Civil Veterinary Department Bihar reports 1936-40 - 1936-1940
Year: 1936
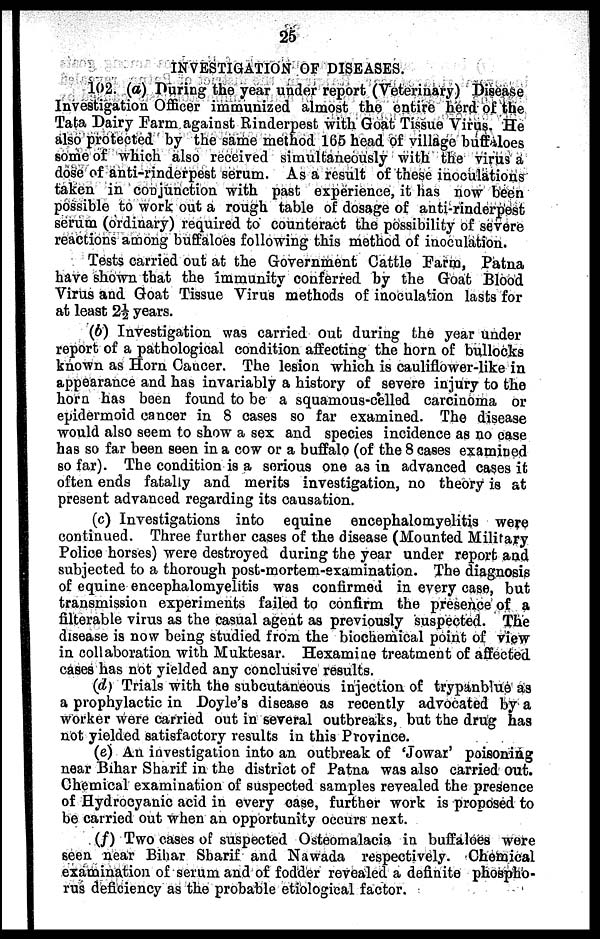
25
INVESTIGATION OF DISEASES.
102. (a) During the year under report (Veterinary) Disease
Investigation Officer immunized almost the entire herd of the
Tata Dairy Farm against Rinderpest with Goat Tissue Virus. He
also protected by the same method 166 head of village buffaloes
some of which also received simultaneously with the virus a
dose of anti-rinderpest serum. As a result of these inoculations
taken in conjunction with past experience, it has now been
possible to work out a rough table of dosage of anti-rinderpest
serum (ordinary) required to counteract the possibility of severe
reactions among buffaloes following this method of inoculation.
Tests carried out at the Government Cattle Farm, Patna
have shown that the immunity conferred by the Goat Blood
Virus and Goat Tissue Virus methods of inoculation lasts for
at least 2½ years.
(b) Investigation was carried out during the year under
report of a pathological condition affecting the horn of bullocks
known as Horn Cancer. The lesion which is cauliflower-like in
appearance and has invariably a history of severe injury to the
horn has been found to be a squamous-celled carcinoma or
epidermoid cancer in 8 cases so far examined. The disease
would also seem to show a sex and species incidence as no case
has so far been seen in a cow or a buffalo (of the 8 cases examined
so far). The condition is a serious one as in advanced cases it
often ends fatally and merits investigation, no theory is at
present advanced regarding its causation.
(c) Investigations into equine encephalomyelitis were
continued. Three further cases of the disease (Mounted Military
Police horses) were destroyed during the year under report and
subjected to a thorough post-mortem-examination. The diagnosis
of equine encephalomyelitis was confirmed in every case, but
transmission experiments failed to confirm the presence of a
filterable virus as the casual agent as previously suspected. The
disease is now being studied from the biochemical point of view
in collaboration with Muktesar. Hexamine treatment of affected
cases has not yielded any conclusive results.
(d) Trials with the subcutaneous injection of trypanblue as
a prophylactic in Doyle's disease as recently advocated by a
worker were carried out in several outbreaks, but the drug has
not yielded satisfactory results in this Province.
(e) An investigation into an outbreak of 'Jowar' poisoning
near Bihar Sharif in the district of Patna was also carried out.
Chemical examination of suspected samples revealed the presence
of Hydrocyanic acid in every case, further work is proposed to
be carried out when an opportunity occurs next.
(f) Two cases of suspected Osteomalacia in buffaloes were
seen near Bihar Sharif and Nawada respectively. Chemical
examination of serum and of fodder revealed a definite phospho-
rus deficiency as the probable etiological factor.